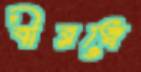
বীরত্বে